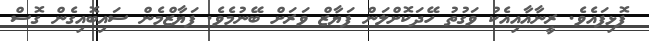
ފޮޅިފައެވެ. ރީނާއާއިއެކު ވަގުތު ހޭދަކޮށްލަން ފަޔާޒް ވަރަށް ބޭނުމެވެ. ފަޔާޒްމެން ސައިބޮއިގެން ގޮސް